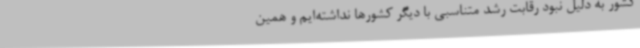
کشور به دلیل نبود رقابت رشد متناسبی با دیگر کشورها نداشته‌ایم و همین